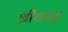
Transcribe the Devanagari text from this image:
श्रीचन्द